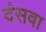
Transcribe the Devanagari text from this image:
दंसवा